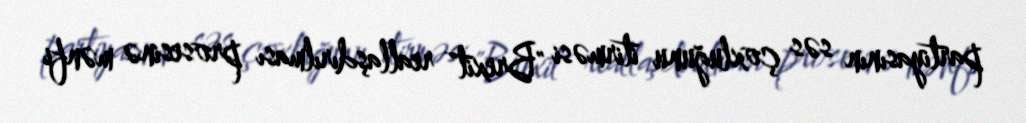
partiyasının səs çoxluğunu itirməsi "Brexit" reallaşdırılması prosesinə mənfi